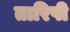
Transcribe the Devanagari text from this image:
तारिषी